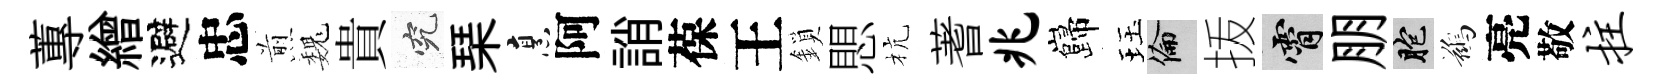
蓴繒避忠煎巍貴究琹烹阿誚葆王鎖愳杭蓍兆巋珏倫㧞霄朋胞鷀亮敬拄